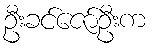
ဦးခင်ဇော်ဦးက